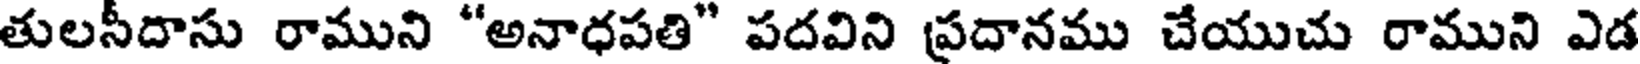
తులసీదాసు రాముని "అనాధపతి" పదవిని ప్రదానము చేయుచు రాముని ఎడ